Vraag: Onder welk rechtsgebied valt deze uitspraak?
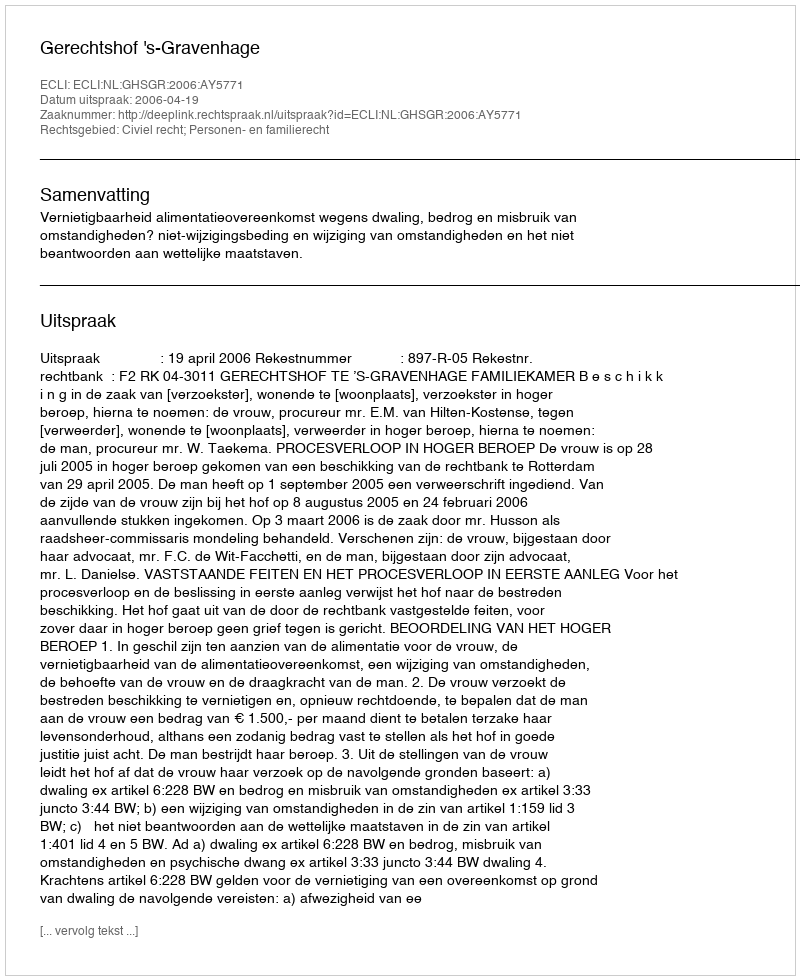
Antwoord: Civiel recht; Personen- en familierecht